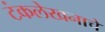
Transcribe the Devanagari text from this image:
टंकलेखनाचे